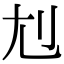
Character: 𡯇